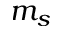
m _ { s }